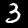
Label: 3